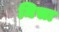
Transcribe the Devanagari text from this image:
मिसा